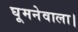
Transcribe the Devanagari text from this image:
घूमनेवाला।